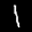
Label: 1